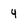
Character: 4